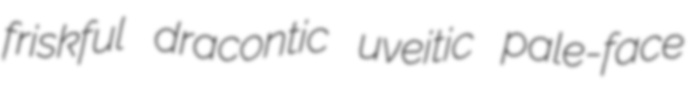
friskful dracontic uveitic pale-face